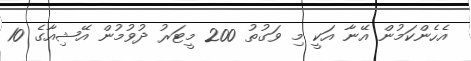
އެހެންކަމުން އޭނާ އަކީ މި ވަގުތު 200 މީޓަރު ދުވުމުން އޭޝިއާގެ 10